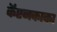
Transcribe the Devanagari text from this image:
कॅप्टनकाका